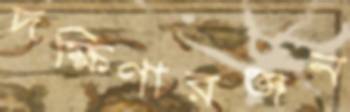
দক্ষিণারঞ্জন